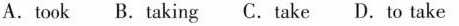
A.took B. taking C. take D.to take